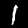
Label: 1